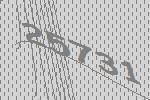
25731